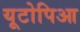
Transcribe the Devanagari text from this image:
यूटोपिआ